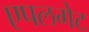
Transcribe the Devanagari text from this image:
एपलगेट